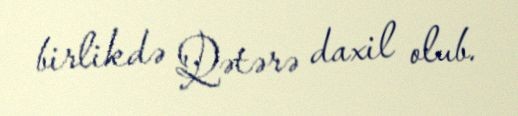
birlikdə Qətərə daxil olub.